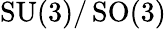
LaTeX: \operatorname{SU}(3)/\operatorname{SO}(3)